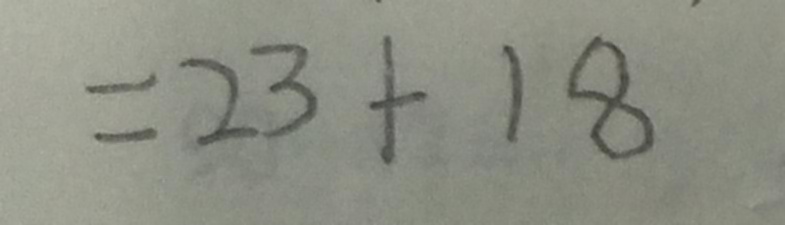
= 2 3 + 1 8